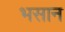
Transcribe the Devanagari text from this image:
भसान